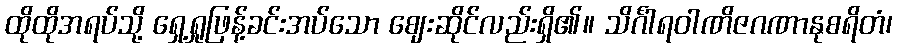
ထိုထိုအရပ်သို့ ရှေ့ရှုဖြန့်ခင်းအပ်သော ဈေးဆိုင်လည်းရှိ၏။ သိင်္ဂါရဝါဏိဇဂဏာနုစရိတံ၊